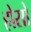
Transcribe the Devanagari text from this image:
होसो